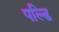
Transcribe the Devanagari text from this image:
पल्डि